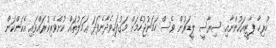
ހުރިހާ ޕާޓީއަކުންނާއި ސިޔާސީ ލީޑަރުން ވެސް ހަމަނުޖުހެމަށް މަގުފަހިވެދާނެފަދަ ޢަމަލުތައް ކުށްވެރިކުރައްވައި އެކަންކަން